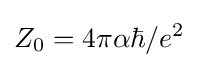
Z_{0}=4\pi \alpha \hbar /e^{2}